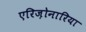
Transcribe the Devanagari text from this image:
एरिज़ोनारिया